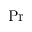
\mathrm { P r }